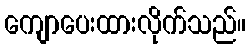
ကျောပေးထားလိုက်သည်။